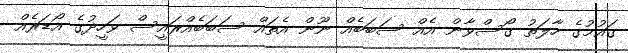
ގައުމުގެ ހާލަތު ގޯސްވާން އެއް ސަބަބެއް ނޫން އެތައް ސަބަބެއްރައީސް ވަހީދުގެ އޯޑަރެއް